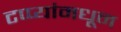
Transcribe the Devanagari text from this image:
टप्प्यांमधून